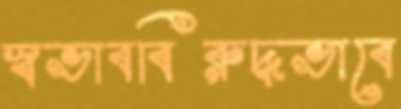
স্বভাববিরুদ্ধভাবে